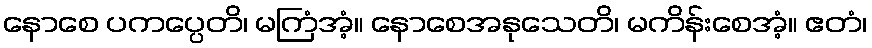
နောစေ ပကပ္ပေတိ၊ မကြံအံ့။ နောစေအနုသေတိ၊ မကိန်းစေအံ့။ ဧတံ၊